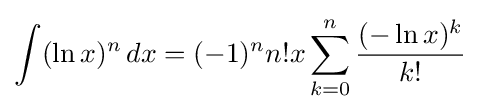
\int (\ln x)^{n}\,dx=(-1)^{n}n!x\sum _{k=0}^{n}{\frac {(-\ln x)^{k}}{k!}}